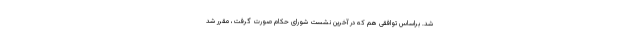
شد. براساس توافقی هم که در آخرین نشست شورای حکام صورت گرفت، مقرر شد